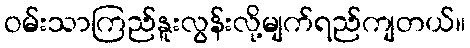
ဝမ်းသာကြည်နူးလွန်းလို့မျက်ရည်ကျတယ်။